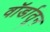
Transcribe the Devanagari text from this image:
वॉर्डातून